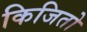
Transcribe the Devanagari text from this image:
किजितो